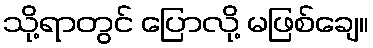
သို့ရာတွင် ပြောလို့ မဖြစ်ချေ။